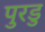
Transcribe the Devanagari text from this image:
पुरडु